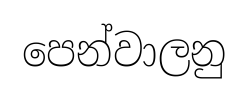
පෙන්වාලනු